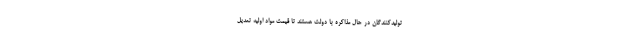
تولیدکنندگان در حال مذاکره با دولت هستند تا قیمت مواد اولیه تعدیل